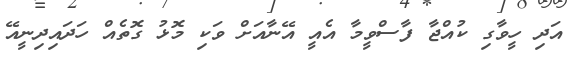
އަދި ހީވާގި ކުއްޖާ ފާސްވީމާ އެއީ އޭނާއަށް ވަކި މޮޅު ގޮތެއް ހަދައިދިނީއޭ